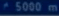
5000m